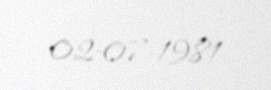
02-07-1981